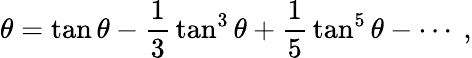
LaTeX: \theta=\tan\theta-{\frac{1}{3}}\tan^{3}\theta+{\frac{1}{5}}\tan^{5}\theta-\cdots\ ,